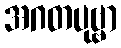
အဂတပုဗ္ဗာ